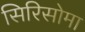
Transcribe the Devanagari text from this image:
सिरिसोमा